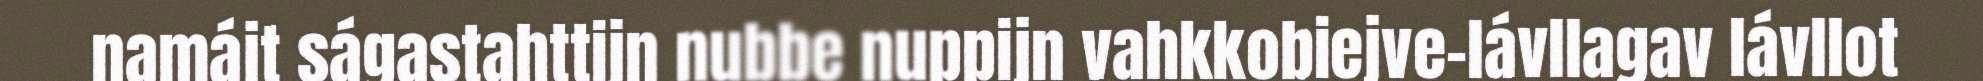
namájt ságastahttijn nubbe nuppijn vahkkobiejve-lávllagav lávllot